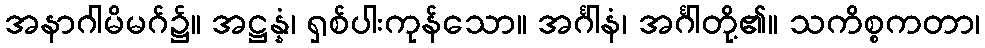
အနာဂါမိမဂ်၌။ အဋ္ဌန္နံ၊ ရှစ်ပါးကုန်သော။ အင်္ဂါနံ၊ အင်္ဂါတို့၏။ သကိစ္စကတာ၊